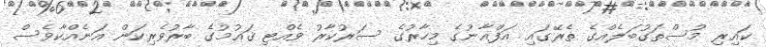
ކައިރި މުސްތަގުބަލެއްގެ ތެރޭގައި އަފްޣާނުގެ މިހާރުގެ ސަރުކާރު ވެއްޓި ޤައުމުގެ ބާރުވެރިކަން އަނެއްކާވެސް